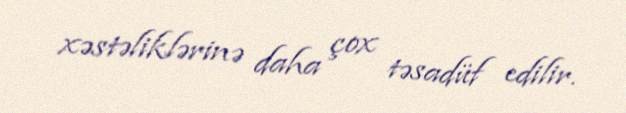
xəstəliklərinə daha çox təsadüf edilir.